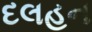
દલહન